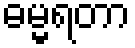
ဓမ္မရတာ